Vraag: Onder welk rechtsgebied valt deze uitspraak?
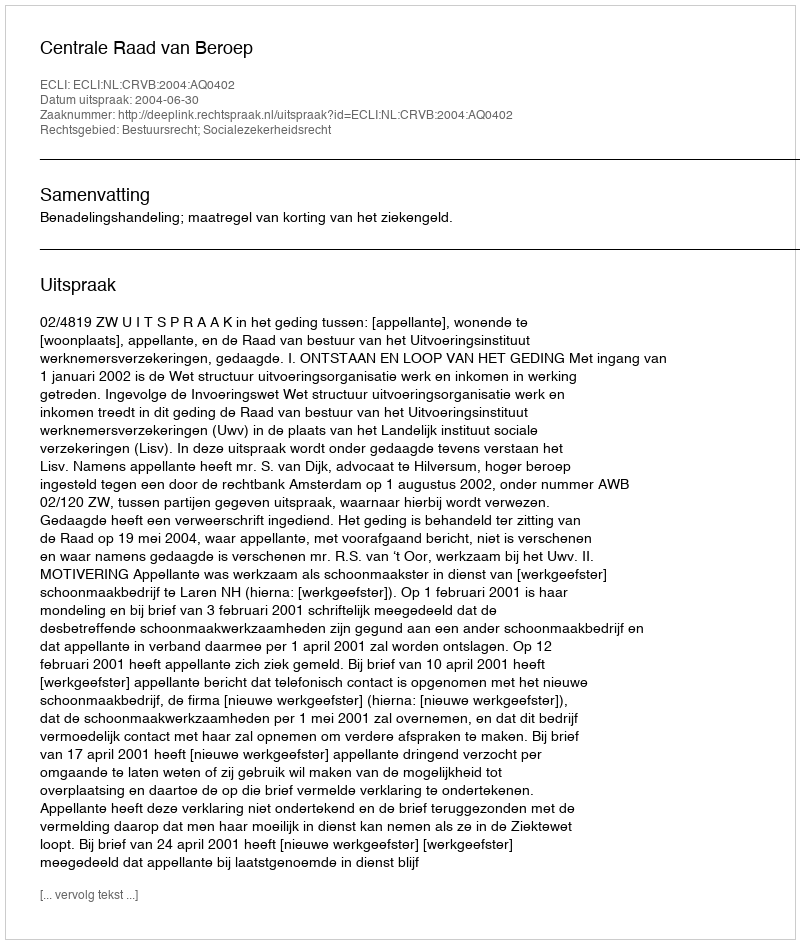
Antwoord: Bestuursrecht; Socialezekerheidsrecht